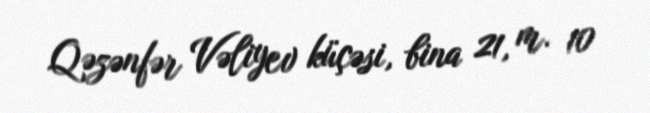
Qəzənfər Vəliyev küçəsi, bina 21, m. 10